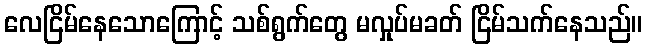
လေငြိမ်နေသောကြောင့် သစ်ရွက်တွေ မလှုပ်မခတ် ငြိမ်သက်နေသည်။